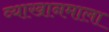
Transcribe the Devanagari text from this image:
व्याखानमाला